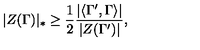
| Z ( \Gamma ) | _ { * } \geq \frac { 1 } { 2 } \frac { | \langle \Gamma ^ { \prime } , \Gamma \rangle | } { | Z ( \Gamma ^ { \prime } ) | } ,